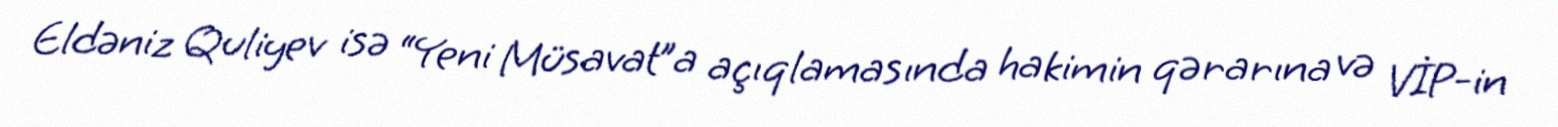
Eldəniz Quliyev isə “Yeni Müsavat”a açıqlamasında hakimin qərarına və VİP-in